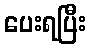
ပေးရပြီး